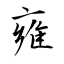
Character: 雍